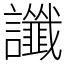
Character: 讖